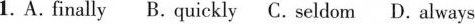
1. A. finally B.quickly C. seldom D. always